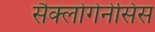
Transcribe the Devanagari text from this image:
सैक्लोगेनेसिस